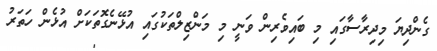
ގެންދިޔަ މިދިރާސާގައި މި ބައިވެރިން ވަނީ މި މަންޒިލްތަކުގައި އުޅޭނެގޮތަކަށް އުޅެން ހަތަރު